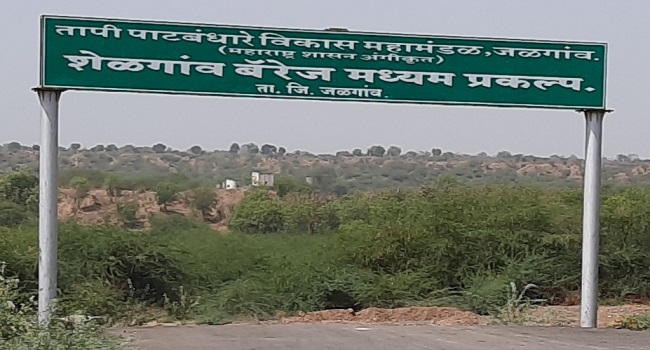
Language: marathi
Transcription: माध्यम तापी पाटबंधारे विकास शेळगांव बॅरेज जळगांव. महामंडळ प्रकल्प.